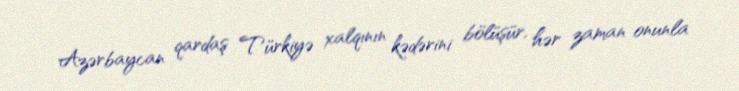
Azərbaycan qardaş Türkiyə xalqının kədərini bölüşür, hər zaman onunla